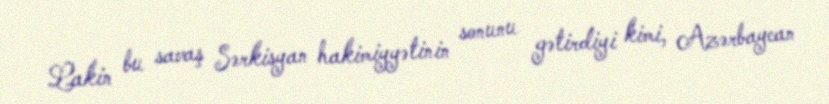
Lakin bu savaş Sərkisyan hakimiyyətinin sonunu gətirdiyi kimi, Azərbaycan